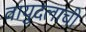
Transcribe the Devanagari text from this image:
वायुदलाची